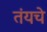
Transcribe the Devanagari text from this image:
तंयचे